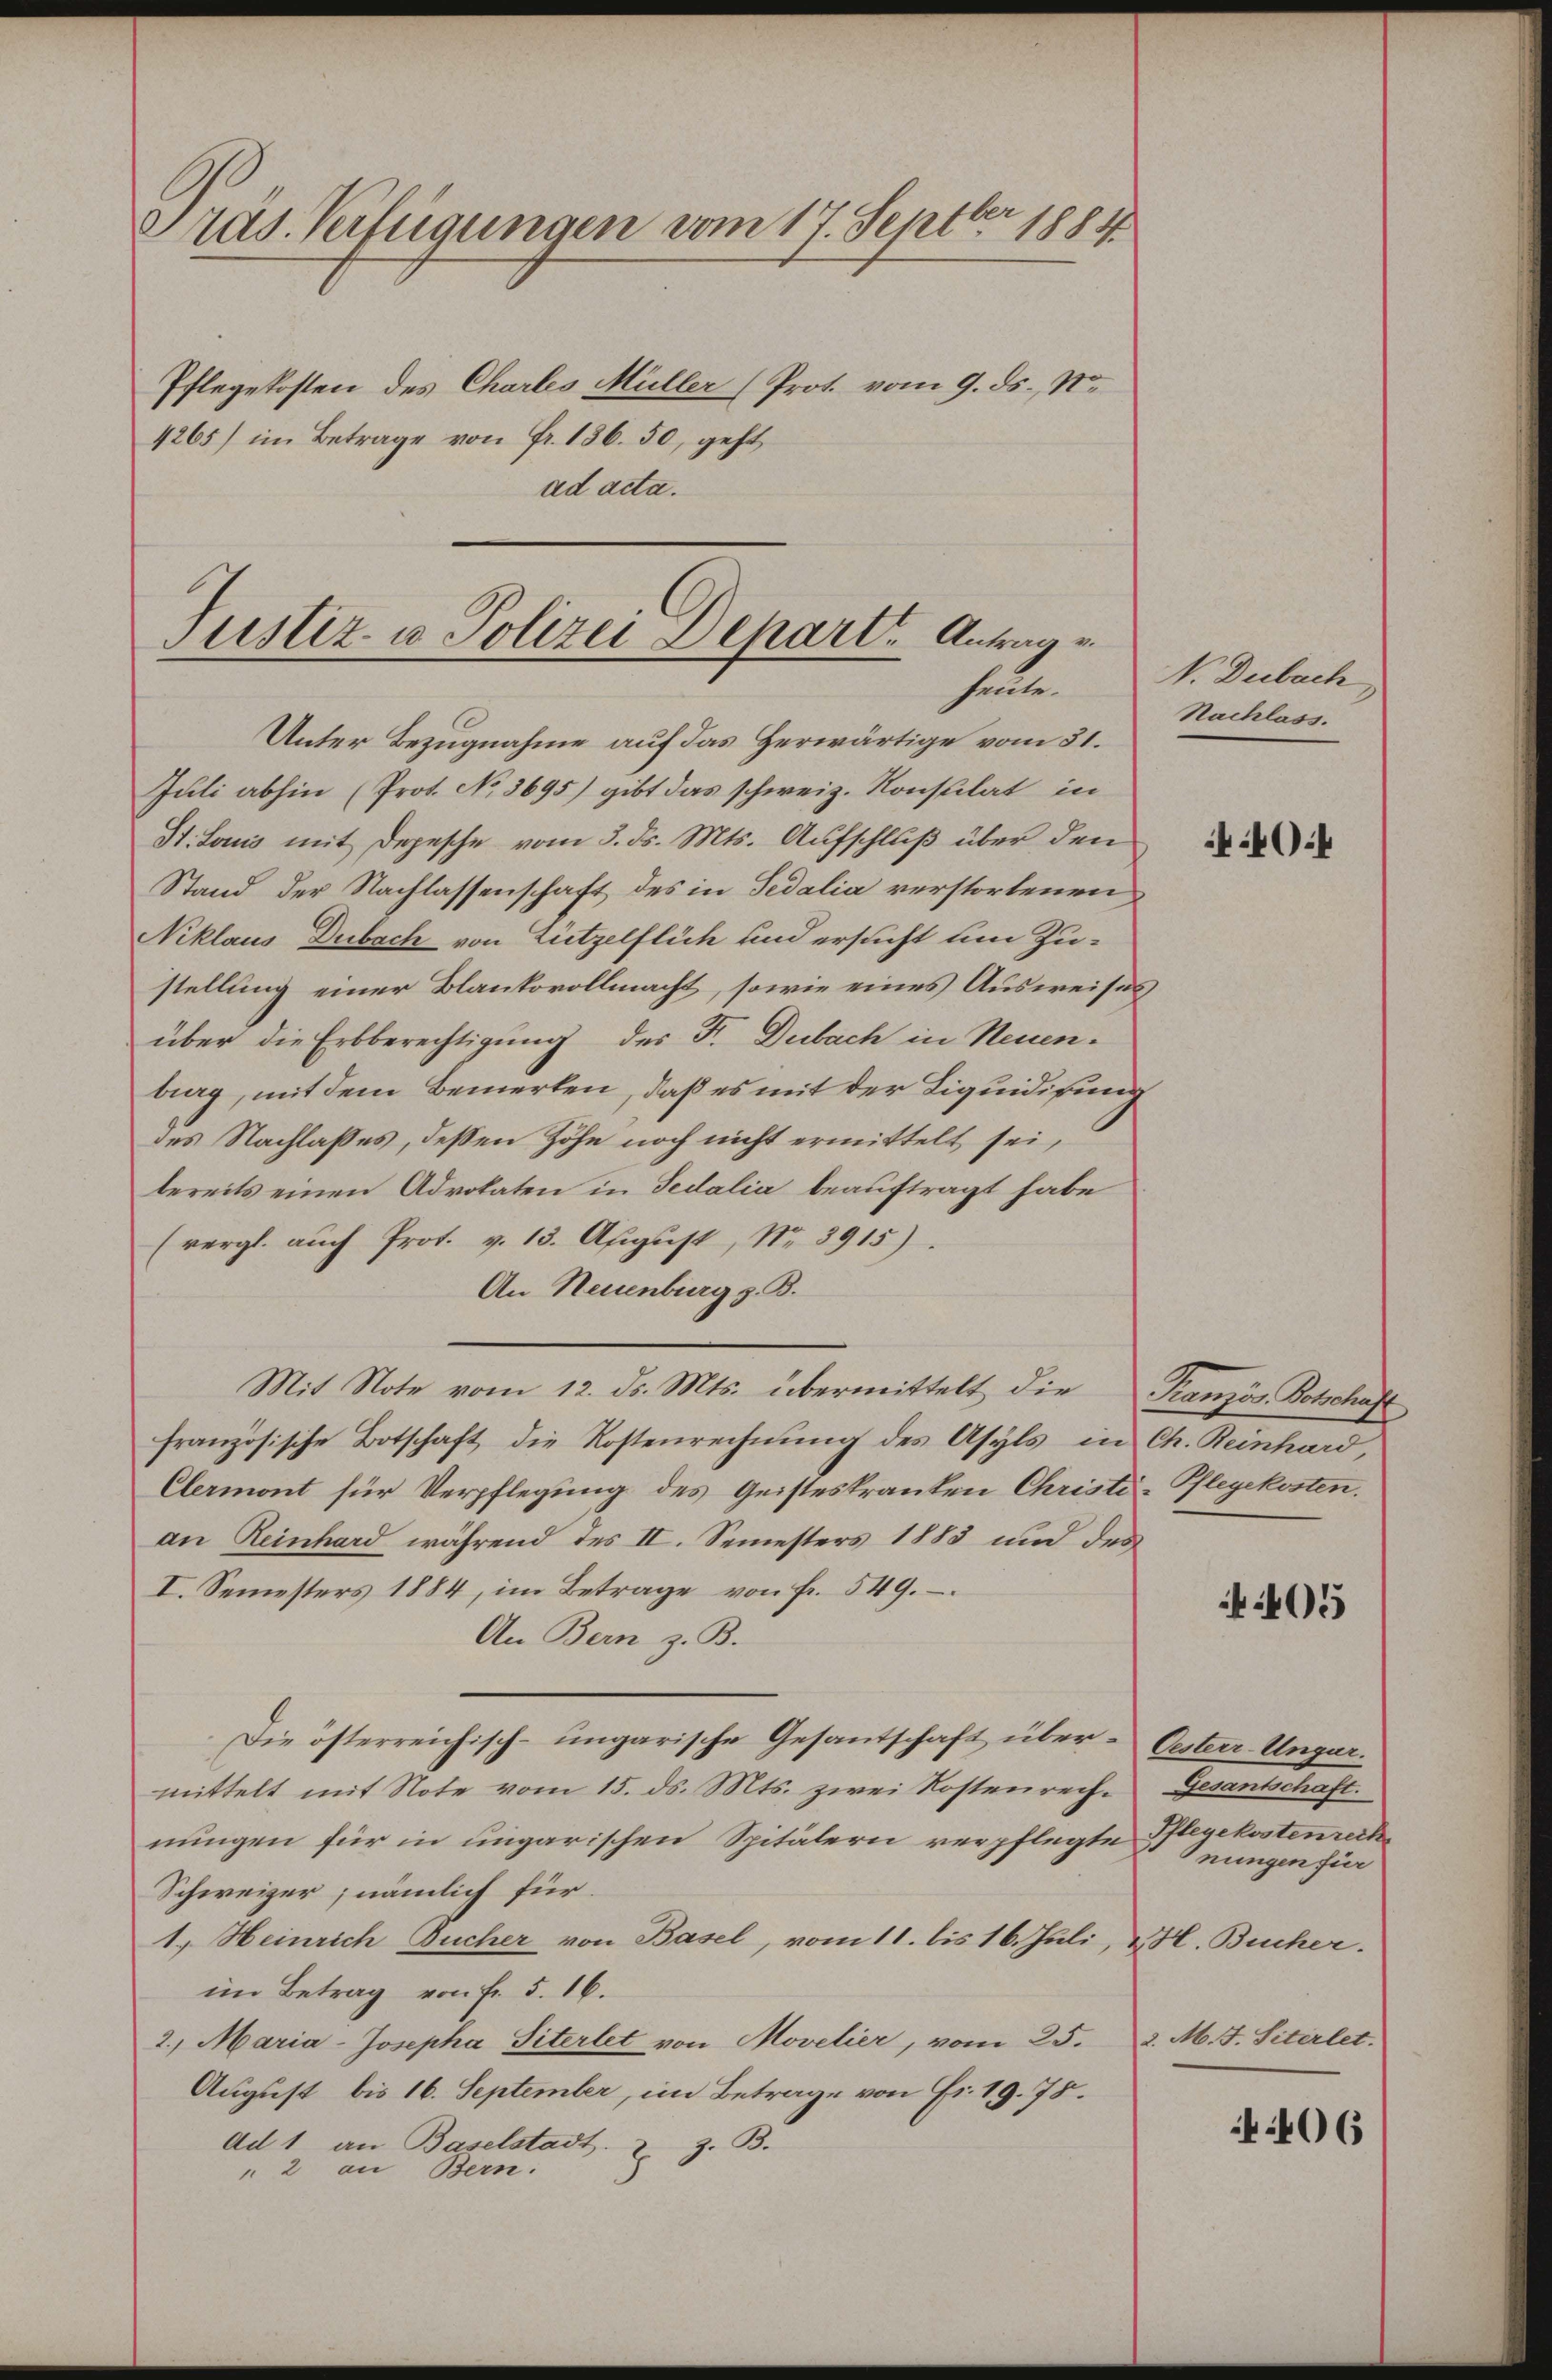
Präs. Verfügungen vom 17. Septbr 1884
Pflegekosten des Chartes Müller (Prot. vom 9. ds., N.
4265) im Betrage von Fr. 136. 50, geht
ad acta.

Justiz- u Polizei Depart. Antrag v.
heute.

Mit Note vom 12. ds. Mts. übermittelt die Kranzös. Botschaft

Unter Bezugnahme auf das Herwärtige vom 31.
Juli abhin (Prot. No 3695) gibt das schweiz. Konsulat in
St. Louis mit Depesche vom 3. ds. Mts. Aufschluß über den
Stand der Nachlassenschaft des in Sedalia verstorbenen
Niklaus Dubach von Lützelflich und ersucht um Zustellung einer Blankovollmacht, sowie eines Ausweises
über die Erbberechtigung des F. Dubach in Neuenburg, mit dem Bemerken, daß es mit der Liquidirung
des Nachlaßes, dessen Höhe noch nicht ermittelt sei,
bereits einen Advokaten in Fedalia beauftragt habe
(vergl. auch Prot. v. 13. August, Nr. 3915).
An Neuenburg z. B.
französische Botschaft die Kostenrechnung des Asyls in Ch. Reinhard,
Clermont für Verpflegung des Geisteskranken Christi-Pflegekosten.
an Reinhard während des II. Semesters 1883 und des
I. Semesters 1884, im Betrage von fr. 549.
An Bern z. B.
Die österreichisch-ungarische Gesantschaft über-Oester-Ungur.
mittelt mit Note vom 15. ds. Mts. zwei Kostenrech. Gesantschaft.
nungen für in ungarischen Spitälern verpflegte Pflegekostenrech
Schweizer; nämlich für
1.) Heinrich Bucher von Basel, vom 11. bis 16. Juli, u. H. Bücher.
im Betrag von Fr. 5. 16.
2. Maria-Josepha Siterlet von Movelier, vom 25. d. M. J. Siterlet
August bis 16. September, im Betrage von Fr. 19. 75.
ad 1 an Baselstadt u. z. B.
" 2 an Bern.

N. Dubach,
Nachlass.

40

05

nungen für

406